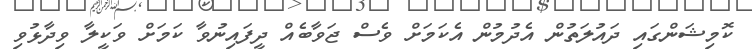
ކޮމިޝަންގައި ދައުލަތުން އެދުމުން އެކަމަށް ވެސް ޖަވާބެއް ދީފައިނުވާ ކަމަށް ވަކީލާ ވިދާޅުވި